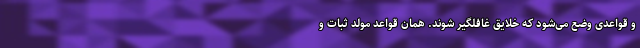
و قواعدی وضع می‌شود که خلایق غافلگیر شوند. همان قواعد مولد ثبات و